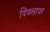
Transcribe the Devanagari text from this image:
दिवसावर